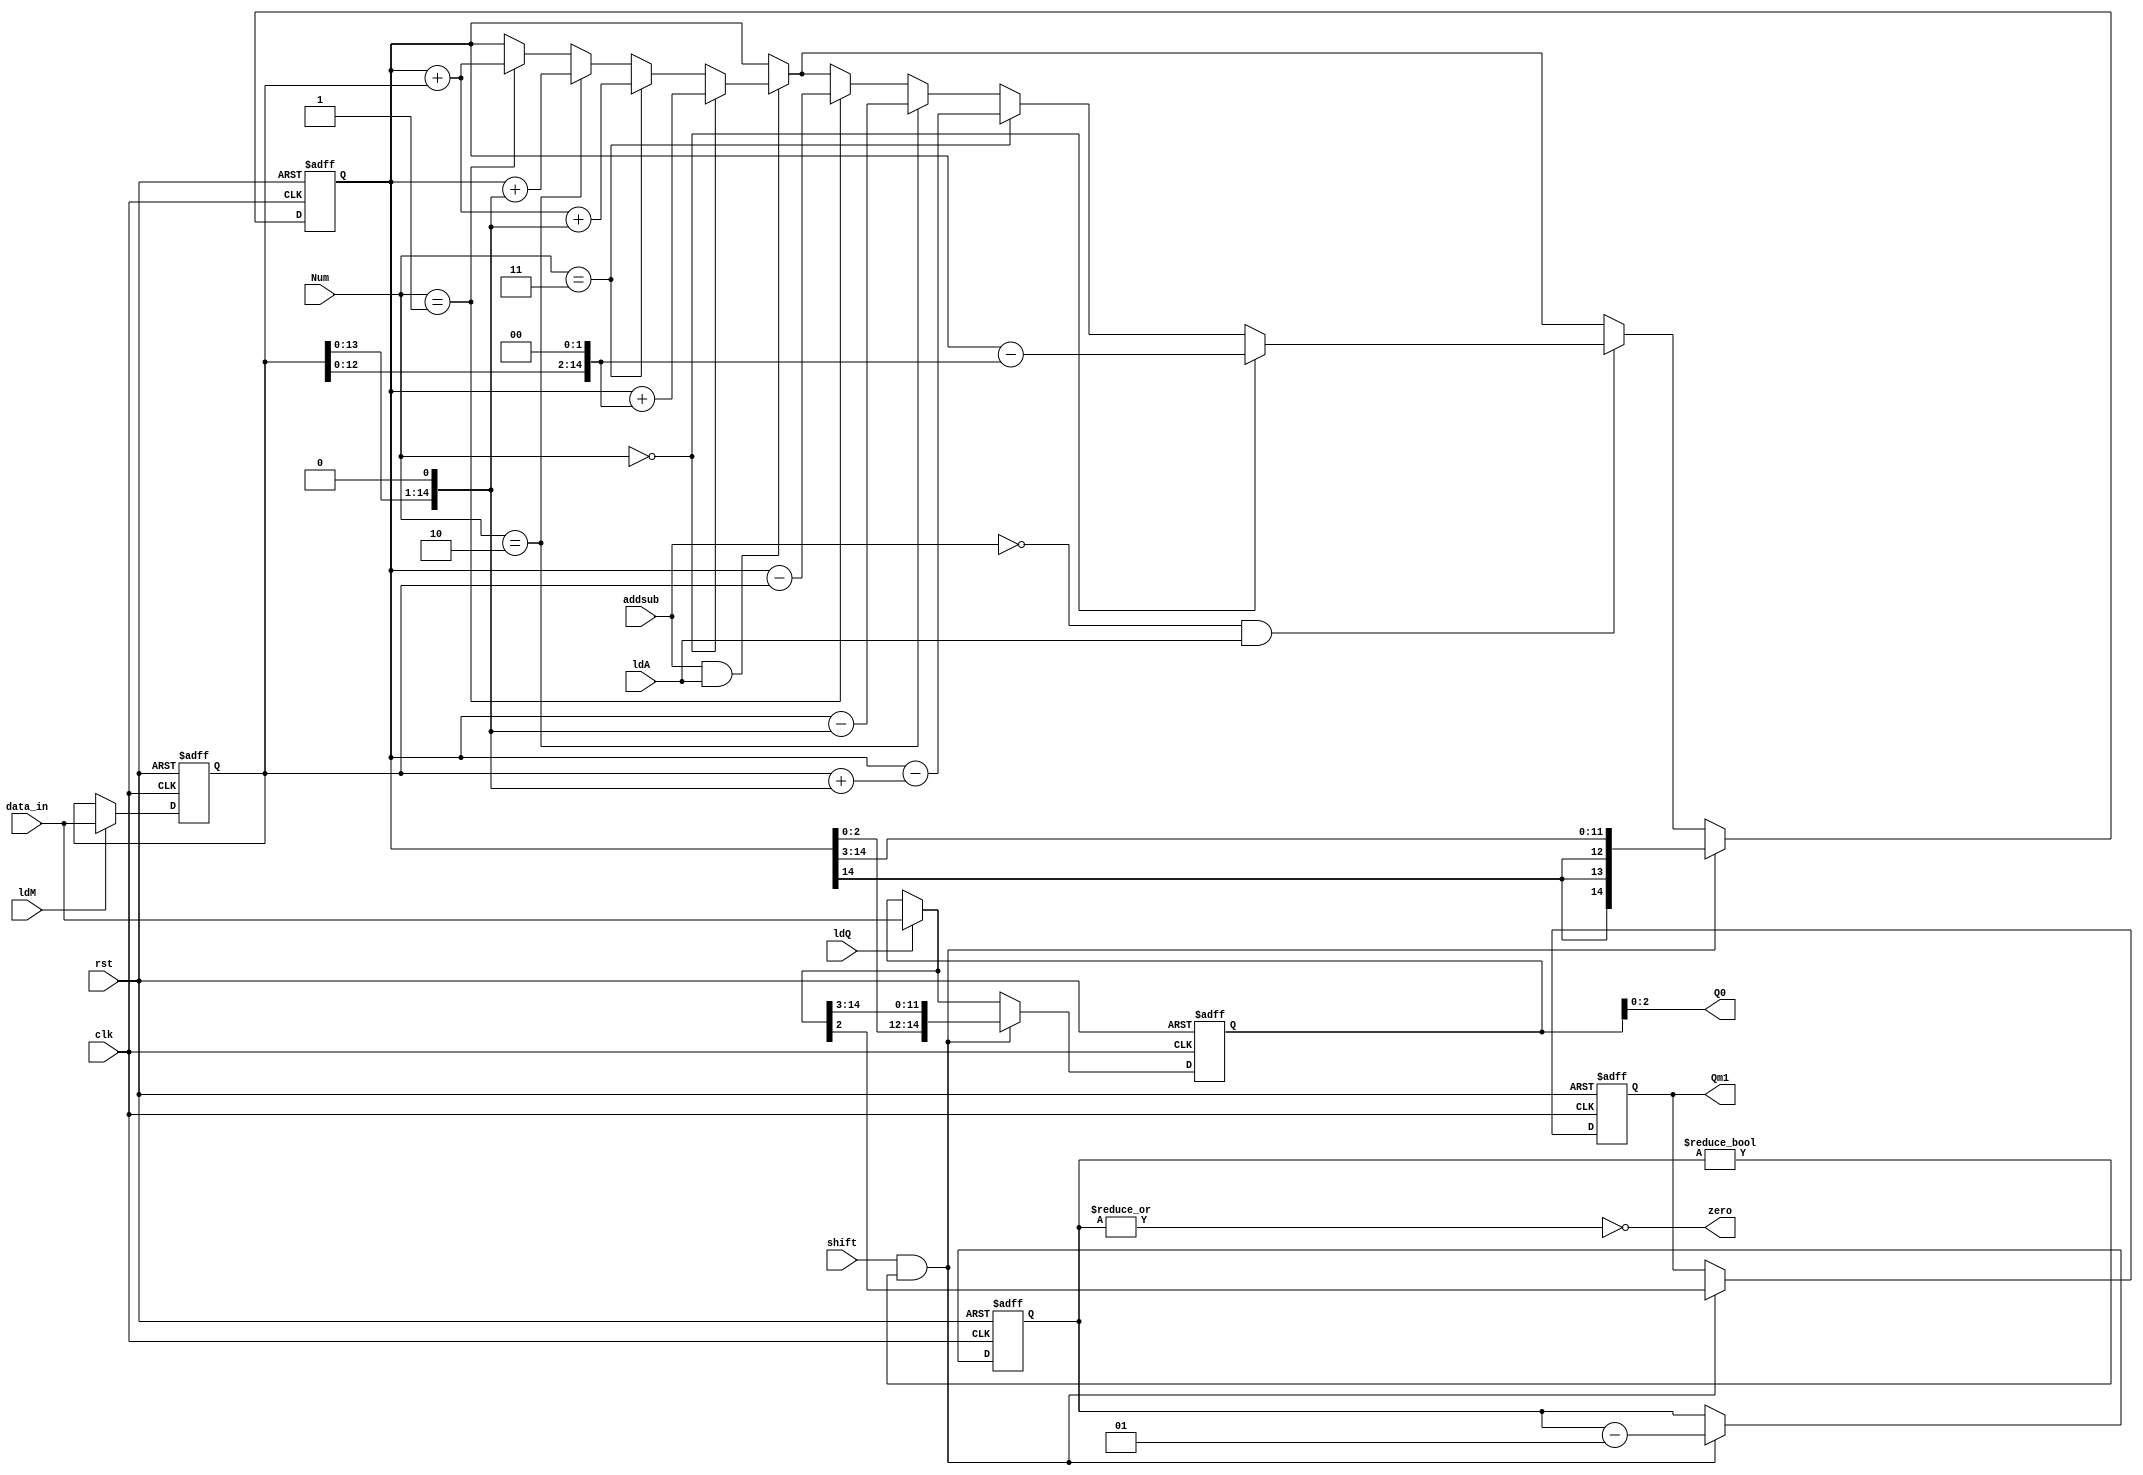
module data_path (
    input [14:0]data_in,input rst,clk,shift,addsub,ldQ,ldM,ldA,input[1:0]Num, output [2:0]Q0,output zero,output reg Qm1
);
    reg [14:0]A,Q,M;
    integer count; 
    assign Q0 = Q[2:0];
    assign zero = ~|count;


    always @(posedge clk, posedge rst) begin
        if(rst) begin
            A <= 14'b0;
            Q <= 14'b0;
            M <= 14'b0;
            Qm1 <= 1'b0;
            count = 6;
        end
        else begin
            if(ldM) begin
                M <= data_in;
            end
            if(ldQ) Q = data_in;
            
            if(addsub == 1'b1 && ldA) begin
                if(Num == 2'b01) begin
                    A <= A + M;
                end
                if (Num == 2'b10) begin
                    A <= A + {M[13:0],1'b0};
                end
                if (Num == 2'b11) begin
                    A <= A + M + {M[13:0],1'b0};
                end
                if (Num == 2'b00) begin
                    A <= A + {M[12:0],2'b0};
                end
            end
            if(addsub == 1'b0 && ldA) begin
                if(Num == 2'b01) begin
                    A <= A - M;
                end
                if (Num == 2'b10) begin
                    A <= A - {M[13:0],1'b0};
                end
                if (Num == 2'b11) begin
                    A <= A - (M + {M[13:0],1'b0});
                end
                if (Num == 2'b00) begin
                    A <= A - {M[12:0],2'b0};
                end
            end
            if(shift && count != 0)begin 
                A <= {{3{A[14]}},A[14:3]};
                Q <= {A[2:0],Q[14:3]};
                Qm1 <= Q[2];  
                count <= count - 1;
        end
        end
    end
endmodule